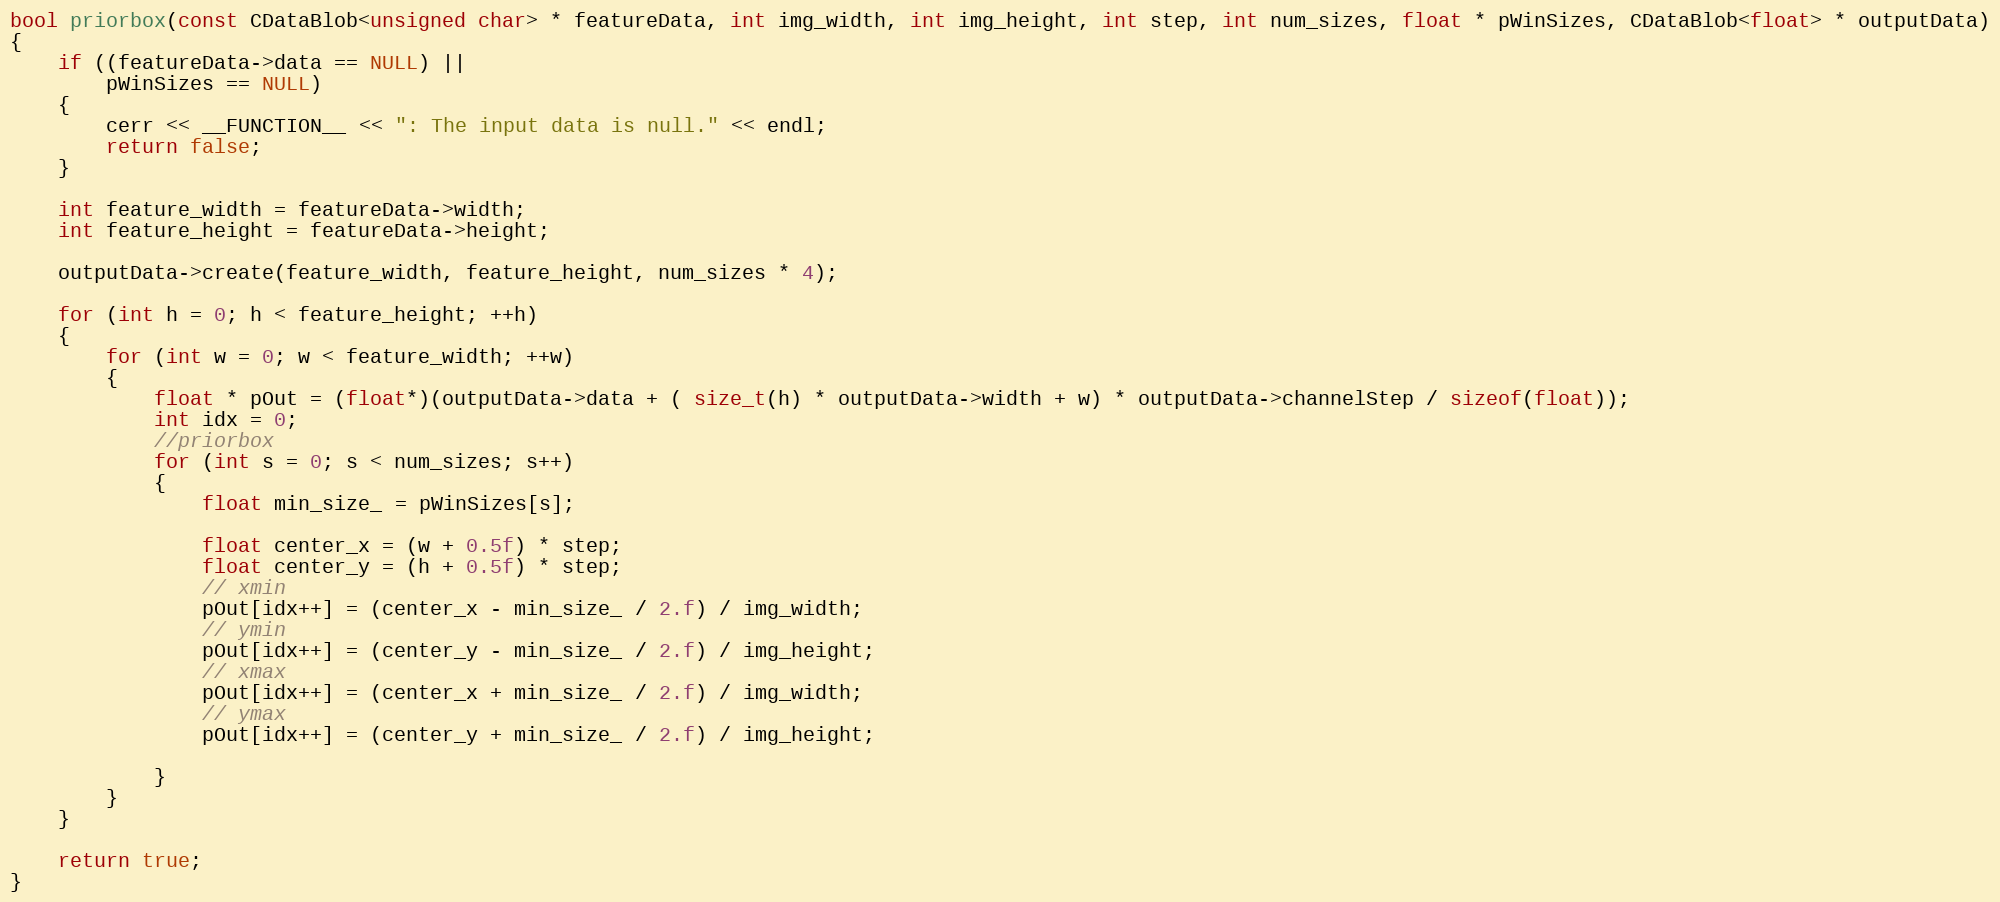
Language: C++
bool priorbox(const CDataBlob<unsigned char> * featureData, int img_width, int img_height, int step, int num_sizes, float * pWinSizes, CDataBlob<float> * outputData)
{
    if ((featureData->data == NULL) ||
        pWinSizes == NULL)
    {
        cerr << __FUNCTION__ << ": The input data is null." << endl;
        return false;
    }

    int feature_width = featureData->width;
    int feature_height = featureData->height;

    outputData->create(feature_width, feature_height, num_sizes * 4);

	for (int h = 0; h < feature_height; ++h)
	{
		for (int w = 0; w < feature_width; ++w)
		{
            float * pOut = (float*)(outputData->data + ( size_t(h) * outputData->width + w) * outputData->channelStep / sizeof(float));
            int idx = 0;
            //priorbox
			for (int s = 0; s < num_sizes; s++)
			{
				float min_size_ = pWinSizes[s];

                float center_x = (w + 0.5f) * step;
                float center_y = (h + 0.5f) * step;
                // xmin
                pOut[idx++] = (center_x - min_size_ / 2.f) / img_width;
                // ymin
                pOut[idx++] = (center_y - min_size_ / 2.f) / img_height;
                // xmax
                pOut[idx++] = (center_x + min_size_ / 2.f) / img_width;
                // ymax
                pOut[idx++] = (center_y + min_size_ / 2.f) / img_height;

			}
		}
	}

    return true;
}